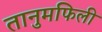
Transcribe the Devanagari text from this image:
तानुमफिली